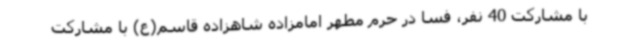
با مشارکت 40 نفر، فسا در حرم مطهر امامزاده شاهزاده قاسم(ع) با مشارکت